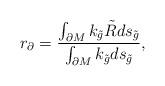
LaTeX: \begin{align*}r_{\partial}=\dfrac{\int_{\partial M} k_{\tilde{g}}\tilde{R} ds_{\tilde{g}} }{\int_{\partial M} k_{\tilde{g}} ds_{\tilde{g}} },\end{align*}